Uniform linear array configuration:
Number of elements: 64
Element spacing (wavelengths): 1
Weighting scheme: uniform
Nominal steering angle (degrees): -60
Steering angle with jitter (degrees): -61.931
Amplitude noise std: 0.05
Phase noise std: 0.05

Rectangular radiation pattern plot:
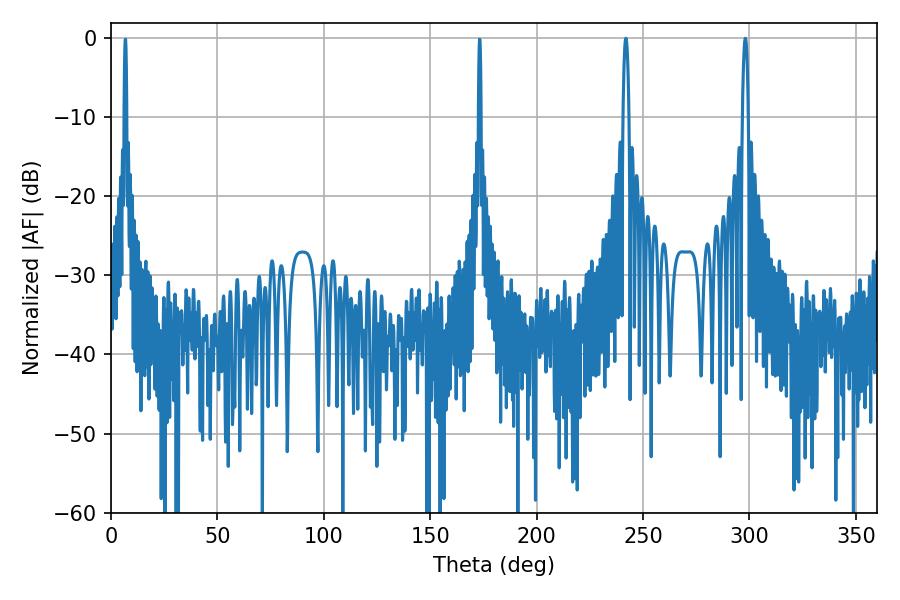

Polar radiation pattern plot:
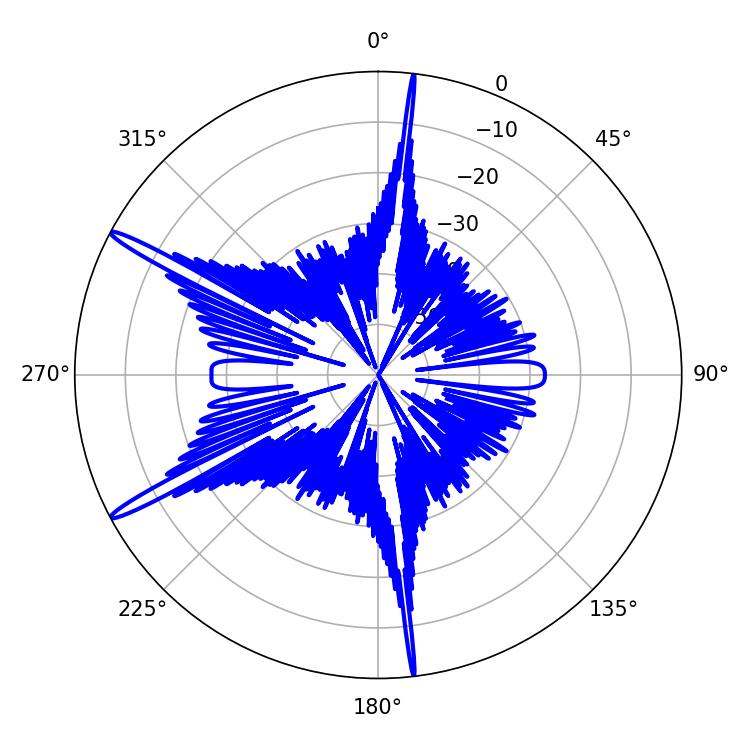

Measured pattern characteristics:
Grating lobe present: TRUE
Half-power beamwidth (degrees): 1.44
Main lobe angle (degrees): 241.92